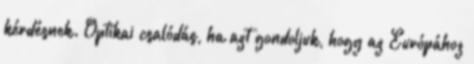
kérdésnek. Optikai csalódás, ha azt gondoljuk, hogy az Európához